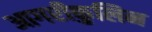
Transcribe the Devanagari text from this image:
आगरीकुलिन